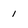
Character: 1